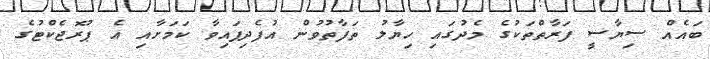
ބައެއް ސިޔާސީ ފަރާތްތަކުގެ މެދުގައި ހިޔާލު ތަފާތުވުން އުފެދިފައިވާ ކަމަށާއި އެ ޕުރޮޖެކްޓުގެ